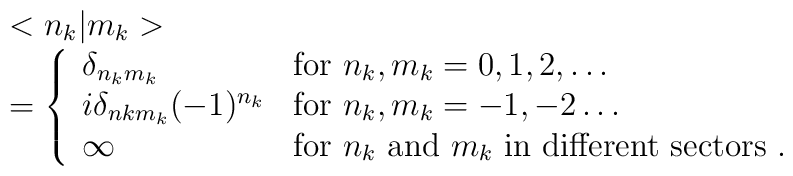
\begin{array}{ll}&<n_k|m_k> \\&=\left\{\begin{array}{ll}\delta_{n_km_k}&{\rm for} \ n_k,m_k=0,1,2,\ldots\\i\delta_{nkm_k}(-1)^{n_k}& {\rm for} \ n_k,m_k=-1,-2\ldots\\\infty&{\rm for} \ n_k \ {\rm and} \ m_k \ {\rm in \ different \ sectors}\  .\end{array}\right.\end{array}